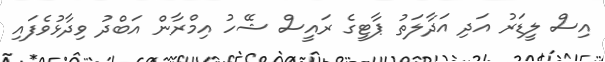
އިސް ލީޑަރު އަދި އަދާލަތު ޕާޓީގެ ރައީސް ޝޭހު އިމްރާން އަބްދު ވިދާޅުވެފައި